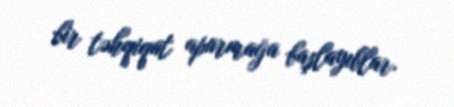
bir təhqiqat aparmağa başlayıblar.